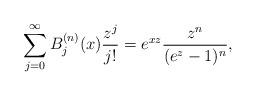
LaTeX: \begin{align*}\sum_{j=0}^{\infty} B_{j}^{(n)}(x) \frac{z^{j}}{j!} = e^{xz} \frac{z^{n}}{(e^{z}-1)^{n}},\end{align*}